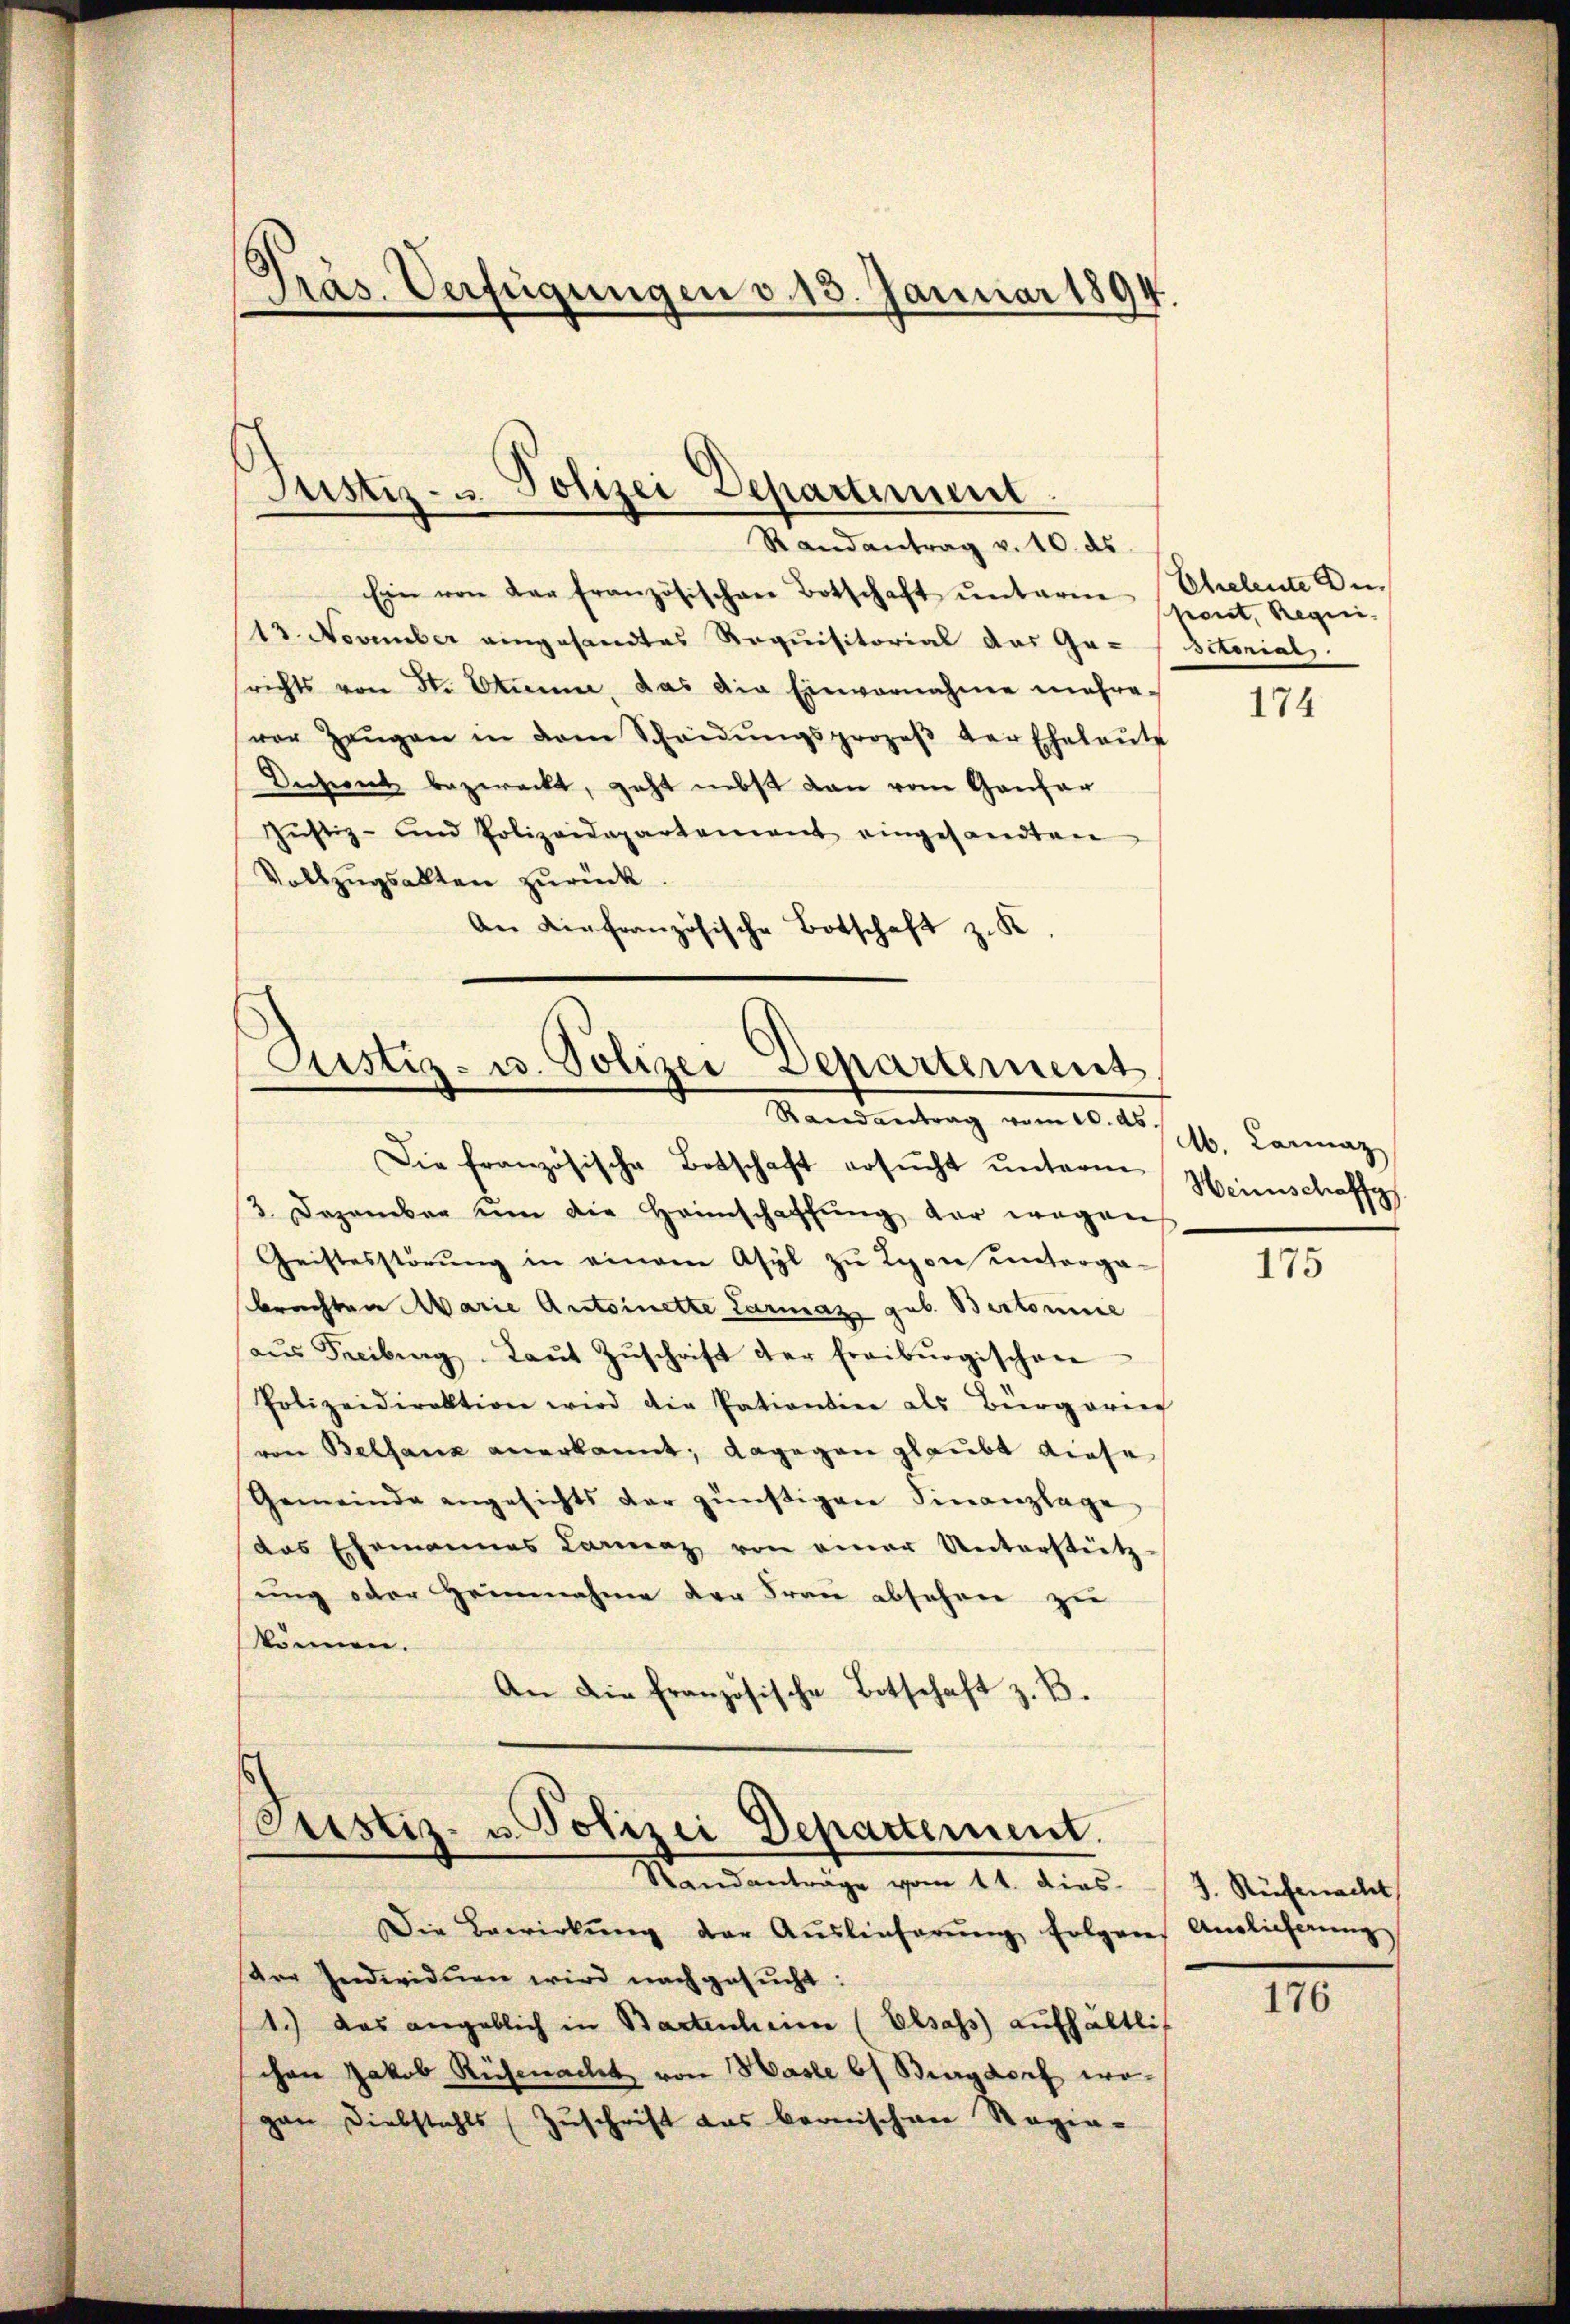
6
Präs. Verfügungen v. 13. Januar 1894

Justiz- u. Polizei Departinum
Randantrag v. 10. ds.

Ein von der französischen Botschaft ŭnterm Eheleute Di
13. November eingesandtes Requisitorial das Ga-Sctonials.
srichts von St. Stimme, das die Einvernahme mehre-
vor Zeŭgen in dem Scheidŭngsprozeβ der Eheleŭte
Dechnet bezweckt, geht nebst dan vom Gantar
Jŭstiz- und Polizeidepartement eingesandten
Vollzŭgsalten zurück.
An die französische Botschaft z. K

Eiustiz- u. Polizei Departement
Mandentrag vom 10. d. h. 160. Lanna

Die französische Botschaft ersŭcht ŭnterm
3. Dezember um die Heimschaffung der wegen
Geistesstörŭng in einem Asyl zŭ Lyon unterga-
brachten Marie Antoinette Carmaz gub. Bertonie
aŭs Freibung. Laŭt Zŭschrift der Freiburgischen
Polizeidirektion wird die Pationsine als Bürgerier
von Bellanz anerkannt; dagegen glaubt diese
Gemeinde angesichts der günstigen Sinanzlage
das Ehemannes Carmaz von einer Unterstütz-
ung oder Heinnahme der Frau absehnen zu
können.
An die französische Botschaft z. B.

Oustiz- u. Polizei Departement.
Standanträge vom 11. dies

Die Bewirkŭng der Auslieferŭng folgen Anglicherŭng
are Individuen wird nachgesŭcht:
1.) Das angeblich in Bartenheim (Elsass aufhältlich
chen Jakob Richmacht von Hasle b) Burgdorf wogan Diebstahls (Zŭschrift das bernischen Regie-

pont, Regii.

174

Heinschaffg

175

J. Rüfenacht

176